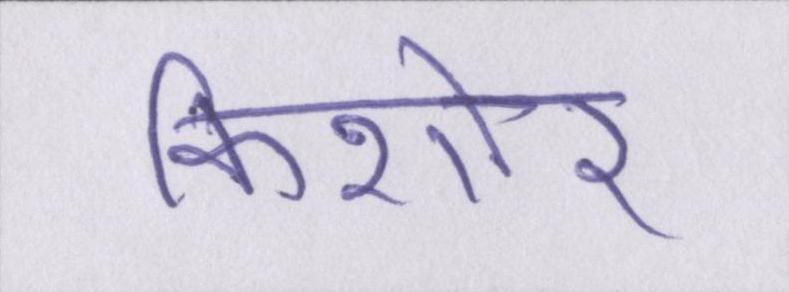
किशोर